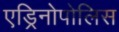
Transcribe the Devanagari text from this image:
एड्रिनोपोलिस